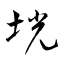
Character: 垙